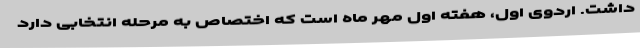
داشت. اردوی اول، هفته اول مهر ماه است که اختصاص به مرحله انتخابی دارد